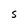
Character: s